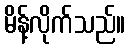
မိန့်လိုက်သည်။